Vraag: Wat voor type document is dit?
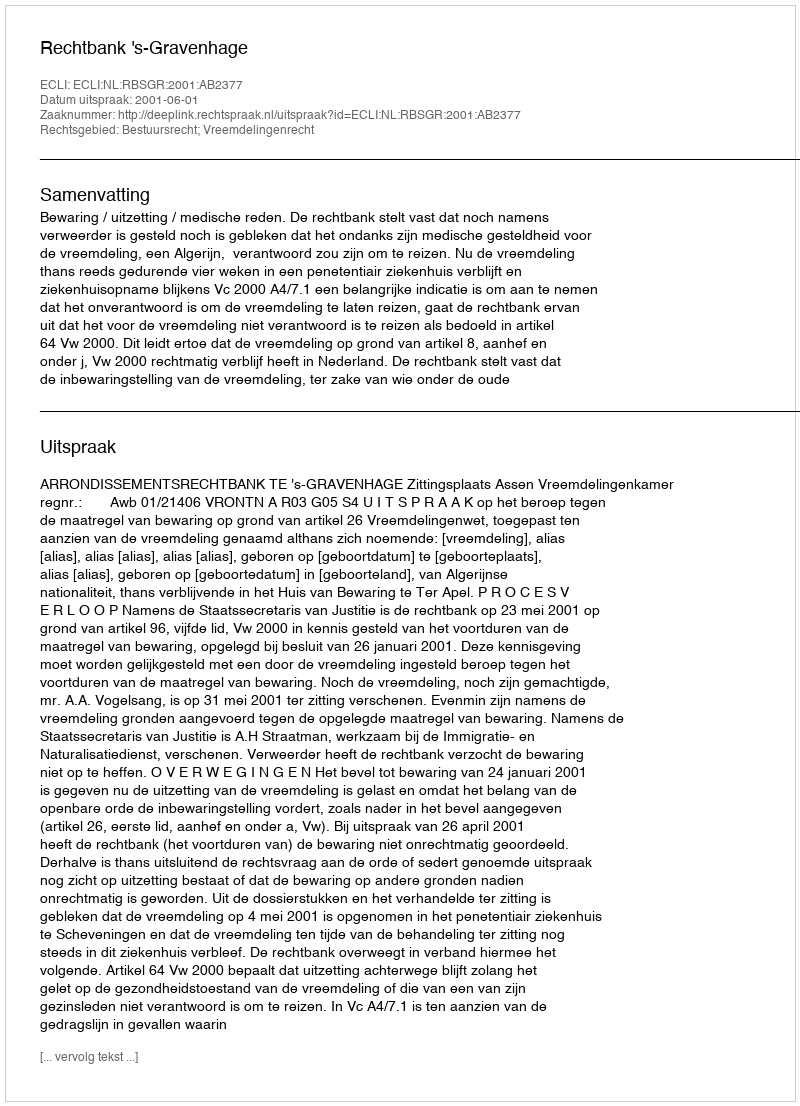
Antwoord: Uitspraak